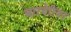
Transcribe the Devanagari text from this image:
बारबेरियन